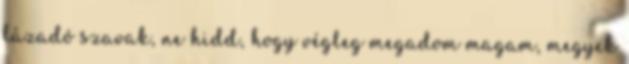
lázadó szavak, ne hidd, hogy végleg megadom magam, megyek